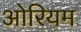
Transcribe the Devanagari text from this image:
ओरियम